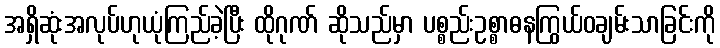
အရှိဆုံးအလုပ်ဟုယုံကြည်ခဲ့ပြီး ထိုဂုဏ် ဆိုသည်မှာ ပစ္စည်းဥစ္စာဓနကြွယ်ဝချမ်းသာခြင်းကို